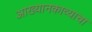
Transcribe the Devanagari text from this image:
आख्यानकाव्याचा